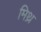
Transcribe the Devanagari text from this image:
मिथ्र